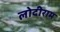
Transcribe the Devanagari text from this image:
लोदीराम